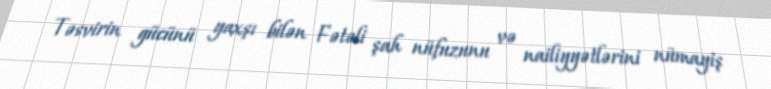
Təsvirin gücünü yaxşı bilən Fətəli şah nüfuzunu və nailiyyətlərini nümayiş